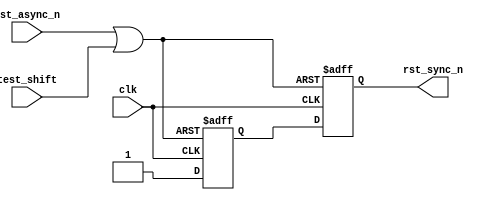
// --------------------------------------------------------------------
// >>>>>>>>>>>>>>>>>>>>>>>>> COPYRIGHT NOTICE <<<<<<<<<<<<<<<<<<<<<<<<<
// --------------------------------------------------------------------
// Github: https://github.com/halftop
// Description: 
// Dependencies: 
// Since: 2019-05-20 10:57:39
// LastEditors: halftop
// LastEditTime: 2019-05-20 10:57:39
// ********************************************************************
// Module Function: 
module reset_gen (
    input					clk			, 
    input					rst_async_n	,
    input                   test_shift  ,
    output					rst_sync_n	
);
reg rst_s1;
reg rst_s2;
wire tmrst;

assign  tmrst = rst_async_n | test_shift;

always @ (posedge clk or negedge tmrst)
    if (!tmrst)
         begin 
            rst_s1 <= 1'b0;
            rst_s2 <= 1'b0;
        end
    else 
        begin
            rst_s1 <= 1'b1;
            rst_s2 <= rst_s1;
        end

assign rst_sync_n = rst_s2;

endmodule